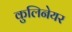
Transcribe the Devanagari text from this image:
कुलिनेयर